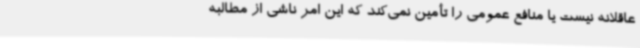
عاقلانه نیست یا منافع عمومی را تأمین نمی‌کند که این امر ناشی از مطالبه